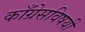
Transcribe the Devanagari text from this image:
काँग्रेसविषयी